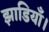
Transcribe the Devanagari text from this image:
झाडियाँ।